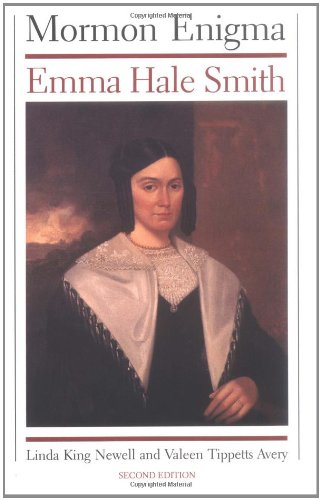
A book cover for Mormon Enigma: Emma Hale Smith; Linda King Newell; Christian Books & Bibles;